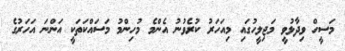
މަސީހް ވިދާޅުވީ މަޖިލީހުގައި މިއަހަރު ކުރެވުނު އެންމެ މުހިންމު މަސައްކަތަކީ އަންނަ އަހަރުގެ